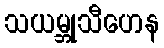
သယမ္ဘုသီဟေန